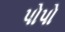
પોપો